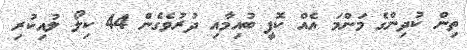
ތިން ކުދިންގެ މަންމަ އެއް ކޮފީ ބުއިމާއި ދުރުވެގެން 44 ކިލޯ ލުއިކުރި